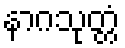
နာဂသုတ္တံ